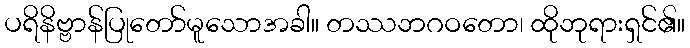
ပရိနိဗ္ဗာန်ပြုတော်မူသောအခါ။ တဿဘဂဝတော၊ ထိုဘုရားရှင်၏။